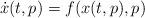
LaTeX: \begin{align*} \dot{x}(t,p) = f(x(t,p),p)\end{align*}